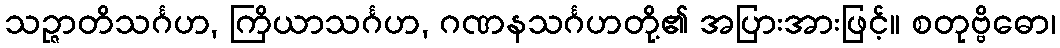
သဉ္ဇာတိသင်္ဂဟ, ကြိယာသင်္ဂဟ, ဂဏနသင်္ဂဟတို့၏ အပြားအားဖြင့်။ စတုဗ္ဗိဓော၊